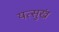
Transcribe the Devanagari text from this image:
यत्सुखं